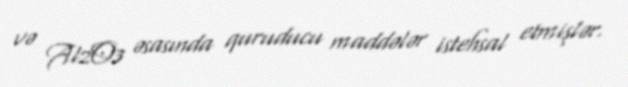
və Al2O3 əsasında quruducu maddələr istehsal etmişlər.